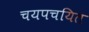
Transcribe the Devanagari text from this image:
चयपचयित